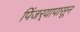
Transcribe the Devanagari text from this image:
पिंजर्‍यापासून